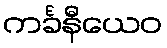
ကင်္ခနီယေဝ